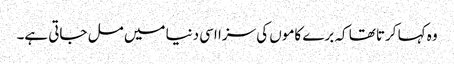
وہ کہا کرتا تھا کہ برے کاموں کی سزا اسی دنیا میں مل جاتی ہے۔